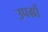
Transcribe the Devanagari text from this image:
उपग्रों